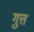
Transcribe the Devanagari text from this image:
गुत्त